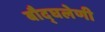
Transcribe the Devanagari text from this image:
बौद्घलेणी